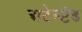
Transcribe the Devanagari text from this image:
अटेम्प्टेड